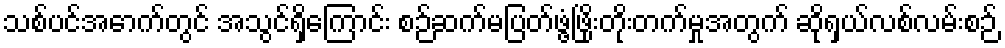
သစ်ပင်အောက်တွင် အသွင်ရှိကြောင်း စဉ်ဆက်မပြတ်ဖွံ့ဖြိုးတိုးတက်မှုအတွက် ဆိုရှယ်လစ်လမ်းစဉ်